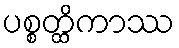
ပစ္စတ္ထိကာဿ